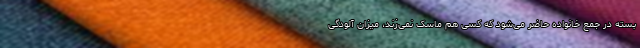
بسته در جمع خانواده حاضر می‌شود که کسی هم ماسک نمی‌زند، میزان آلودگی